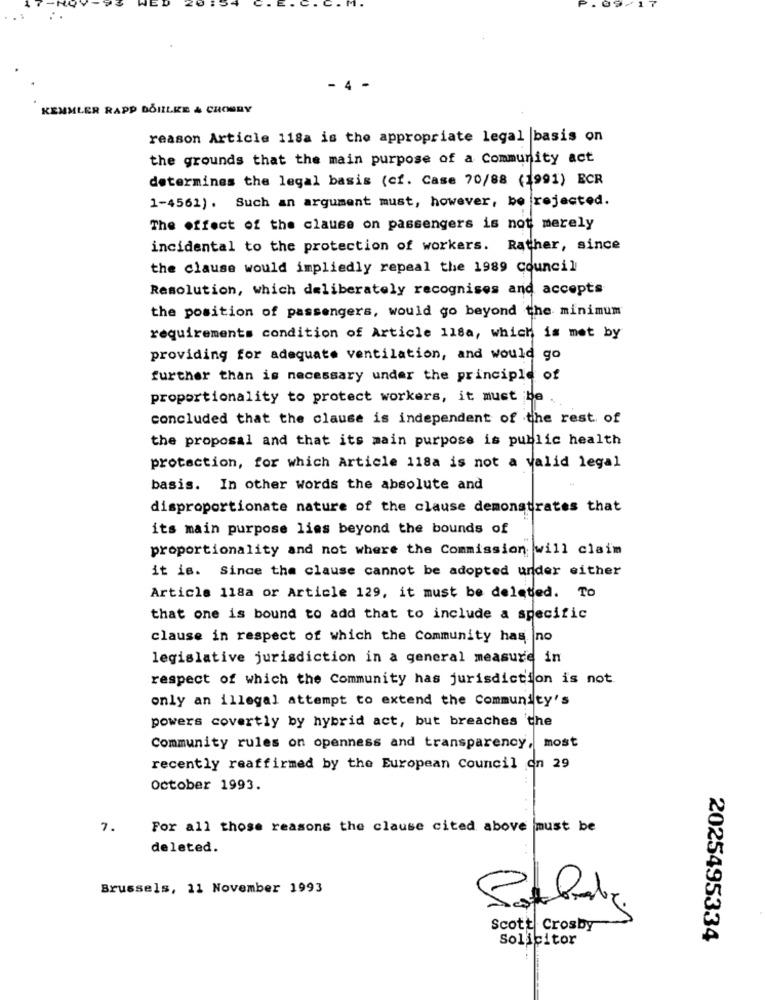
- 4 -
KEMMLER RAPP DOILLKE & CHOBBY
reason Article 118a is the appropriate legal |basis on
the grounds that the main purpose of a Community act
determines the legal basis (cf. Case 70/88 (1991) ECR
1-4561). Such an argument must, however, be rejected.
The effect of the clause on passengers is not merely
incidental to the protection of workers. Rather, since
the clause would impliedly repeal the 1989 council
Resolution, which deliberately recognises and accepts
the position of passengers, would go beyond the minimum
requirements condition of Article 118a, which is met by
providing for adequate ventilation, and would go
further than is necessary under the principle of
proportionality to protect workers, it must be
concluded that the clause is independent of the rest of
the proposal and that its main purpose is public health
protection, for which Article 118a is not a valid legal
basis. In other words the absolute and
disproportionate nature of the clause demonstrates that
its main purpose lies beyond the bounds of
proportionality and not where the Commission will claim
it is. Since the clause cannot be adopted under either
Article 118a or Article 129, it must be deleted. To
that one is bound to add that to include a specific
clause in respect of which the Community has no
legislative jurisdiction in a general measure in
respect of which the Community has jurisdiction is not
only an illegal attempt to extend the Community's
powers covertly by hybrid act, but breaches 'the
Community rules on openness and transparency, most
recently reaffirmed by the European Council on 29
October 1993.
7.
For all those reasons the clause cited above must be
deleted.
Brussels, 11 November 1993
Scott Crosby
Solicitor
2025495334